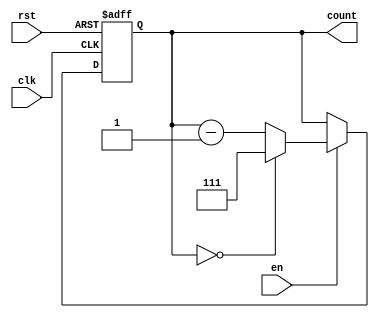
module binary_down_counter #(
    parameter N = 3 // Parameter for the bit width of the counter
)(
    input wire clk,      // Clock input
    input wire rst,      // Asynchronous reset input
    input wire en,       // Enable input
    output reg [N-1:0] count // Current count output
);

// Maximum value for the counter
localparam MAX_COUNT = (1 << N) - 1; // 2^N - 1

always @(posedge clk or posedge rst) begin
    if (rst) begin
        // Reset the counter to maximum value
        count <= MAX_COUNT;
    end else if (en) begin
        // Decrement the counter
        if (count == 0) begin
            count <= MAX_COUNT; // Wrap around to maximum value
        end else begin
            count <= count - 1; // Decrement the counter
        end
    end
    // If enable is low, the counter retains its value
end

endmodule